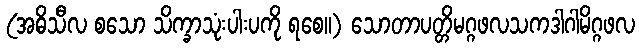
(အဓိသီလ စသော သိက္ခာသုံးပါးပကို ရစေ။) သောတာပတ္တိမဂ္ဂဖလသကဒါဂါမိဂ္ဂဖလ